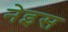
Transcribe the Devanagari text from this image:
नेइस